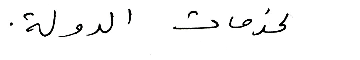
لخدمات الدولة.